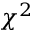
\chi ^ { 2 }